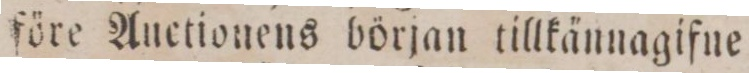
före Auctionens början tillkännagifne